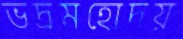
ভদ্রমহোদয়